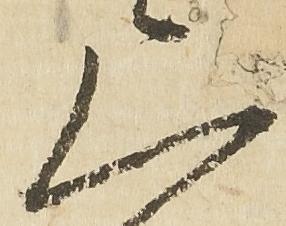
上